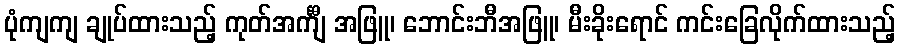
ပုံကျကျ ချုပ်ထားသည့် ကုတ်အင်္ကျီ အဖြူ၊ ဘောင်းဘီအဖြူ၊ မီးခိုးရောင် ကင်းခြေလိုက်ထားသည့်